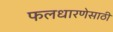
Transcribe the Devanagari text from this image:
फलधारणेसाठी